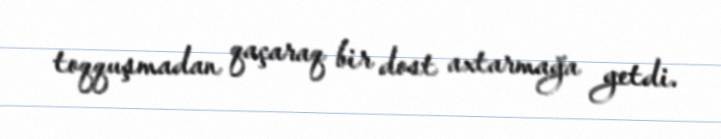
toqquşmadan qaçaraq bir dost axtarmağa getdi.